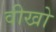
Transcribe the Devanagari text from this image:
वीखो